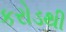
કરોડથી